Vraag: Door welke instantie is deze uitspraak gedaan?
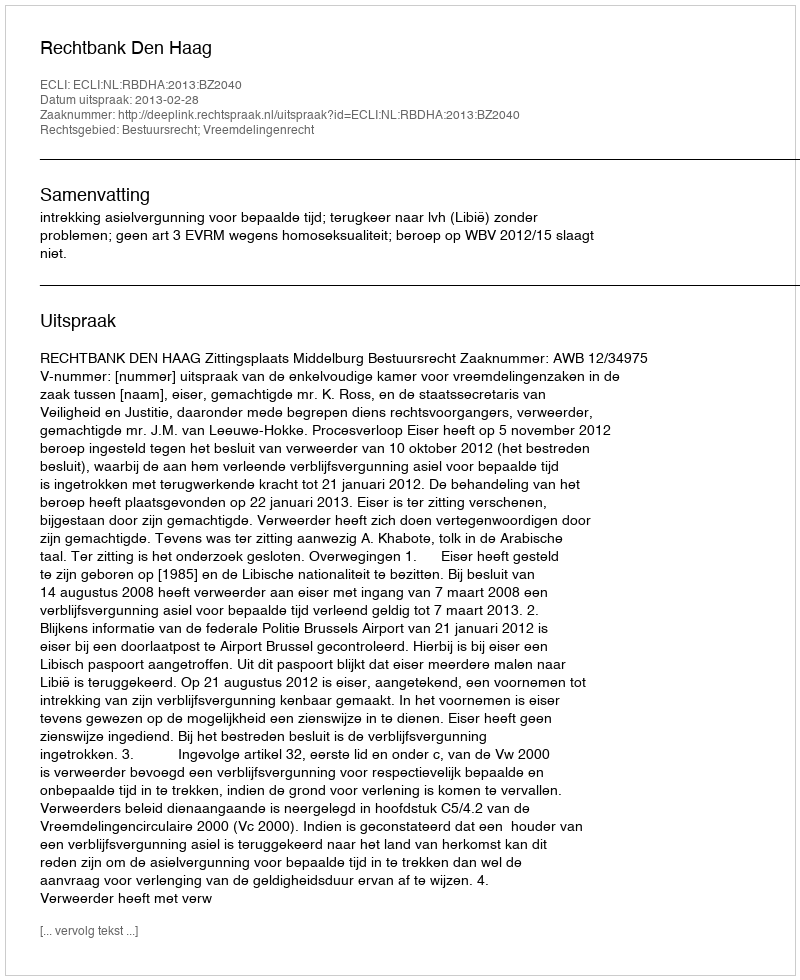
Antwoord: Rechtbank Den Haag